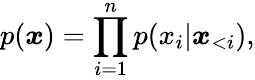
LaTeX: p(\boldsymbol x)=\prod_{i=1}^{n}p(x_{i}|\boldsymbol x_{<i}),